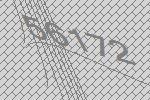
56172